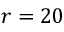
r = 2 0